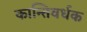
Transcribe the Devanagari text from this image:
कान्तिवर्धक